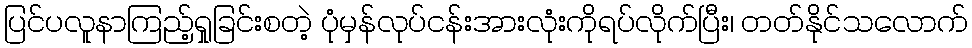
ပြင်ပလူနာကြည့်ရှုခြင်းစတဲ့ ပုံမှန်လုပ်ငန်းအားလုံးကိုရပ်လိုက်ပြီး၊ တတ်နိုင်သလောက်